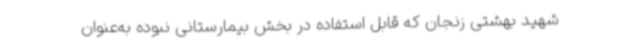
شهید بهشتی زنجان که قابل استفاده در بخش بیمارستانی نبوده به‌عنوان